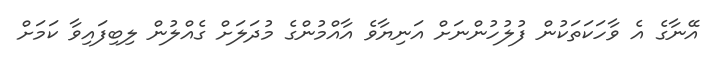
އޭނާގެ އެ ވާހަކަތަކުން ފުލުހުންނަށް އަނިޔާވެ އާއްމުންގެ މުދަލަށް ގެއްލުން ލިބިފައިވާ ކަމަށް